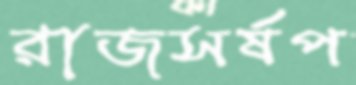
রাজসর্ষপ